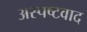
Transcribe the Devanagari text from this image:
अस्पष्टवाद